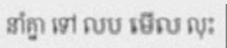
នាំគ្នា ទៅ លប មើល លុះ